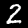
Digit: 2